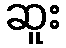
ဆူး